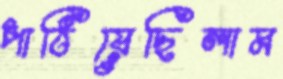
পাঠিয়েছিলাম